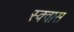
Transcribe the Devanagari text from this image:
स्क्वास